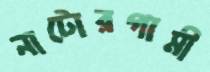
নাটোরগামী